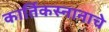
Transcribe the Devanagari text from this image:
कार्तिकस्नानाचे